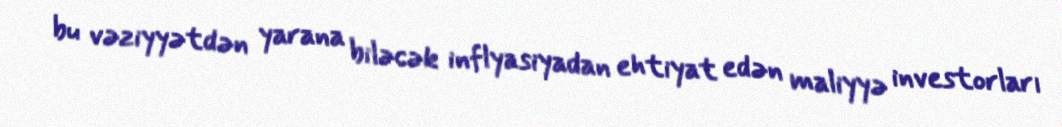
bu vəziyyətdən yarana biləcək inflyasiyadan ehtiyat edən maliyyə investorları